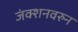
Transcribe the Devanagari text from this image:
जंक्शनवरुन